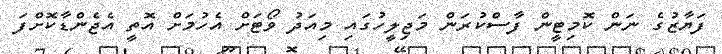
ފަޔާޒުގެ ނަން ކޮމިޓީން ފާސްކުރަން މަޖިލީހުގައި މިއަދު ވޯޓަށް އެހުމަށް އޮތީ އެޖެންޑާކޮށްފަ